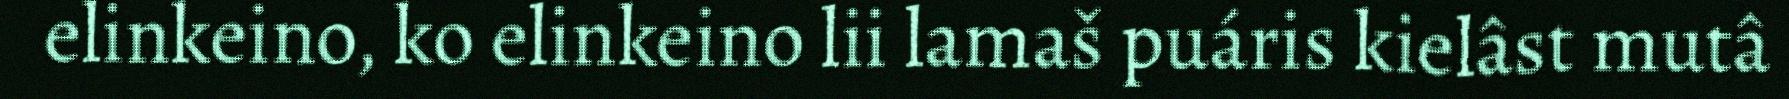
elinkeino, ko elinkeino lii lamaš puáris kielâst mutâ